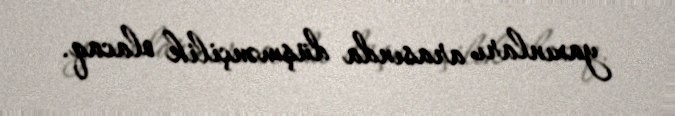
yaxınları arasında düşmənçilik olacaq.